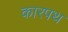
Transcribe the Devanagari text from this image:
कारपथ